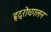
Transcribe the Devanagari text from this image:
हृद्‌रोधगलन